Report of an investigation into the causes of malaria in Bombay and the measures necessary for its control
Disease focus: Malaria
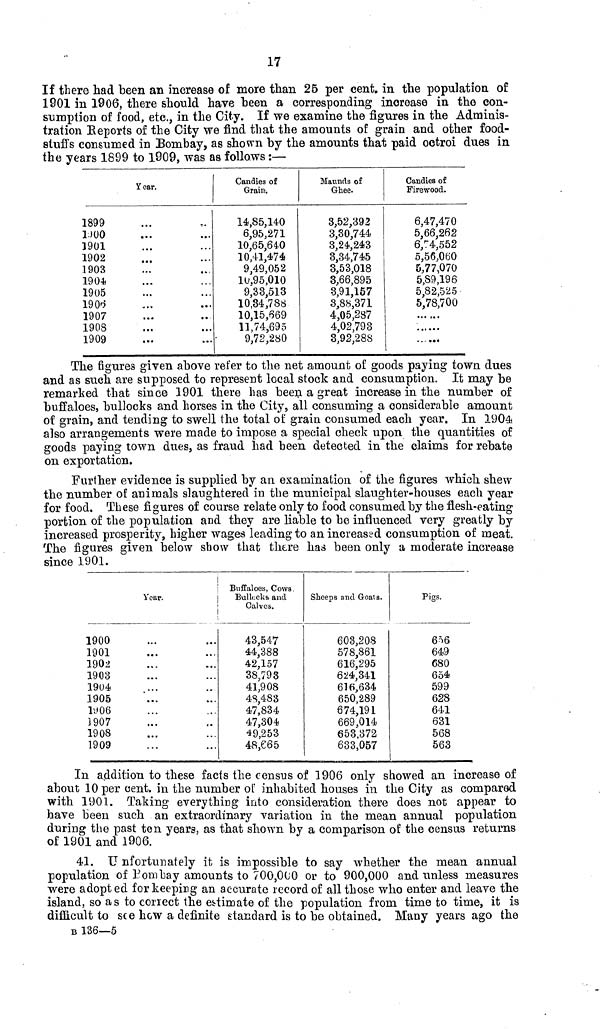
17
If there had been an increase of more than 25 per cent. in the population of
1901 in 1906, there should have been a corresponding increase in the con-
sumption of food, etc., in the City. If we examine the figures in the Adminis-
tration Reports of the City we find that the amounts of grain and other food-
stuffs consumed in Bombay, as shown by the amounts that paid octroi dues in
the years 1899 to 1909, was as follows :—
Year.
1899
DUO
1901
1902
1903
1904
1905
1906
1907
1908
1909
Candies of
Grain.
14,85,140
6,95,271
10,65,640
10,41,474
9,49,052
16,95,010
9,33,513
10,34,788
10,15,669
11,74,695
9,72,280
Maunds of
Ghee.
3,52,392
3,30,744
3,24,243
3,34,745
3,53,018
3,66,895
3,91,157
3,88,371
4,05,287
4,02,793
3,92,288
Candies of
Firewood.
6,47,470
5,66,262
6,74,552
5,56,060
5,77,070
5,S9,196
5,82,525
5,78,700
The figures given above refer to the net amount of goods paying town dues
and as such are supposed to represent local stock and consumption. It may be
remarked that since 1901 there has been a great increase in the number of
buffaloes, bullocks and horses in the City, all consuming a considerable amount
of grain, and tending to swell the total of grain consumed each year. In 1904
also arrangements were made to impose a special check upon the quantities of
goods paying town dues, as fraud had been detected in the claims for rebate
on exportation.
Further evidence is supplied by an examination of the figures which shew
the number of animals slaughtered in the municipal slaughter-houses each year
for food. These figures of course relate only to food consumed by the flesh-eating
portion of the population and they are liable to be influenced very greatly by
increased prosperity, higher wages leading to an increased consumption of meat.
The figures given below show that there has been only a moderate increase
since 1901.
Year.
1900
1901
1902
1903
1904
1905
1906
1907
1908
1909
Buffaloes, Cows,
Bullocks and
Calves.
43,547
44,388
42,157
38,793
41,908
48,483
47,834
47,304
49,253
48,665
Sheeps and Goats.
603,208
578,861
616,295
624,341
616,634
650,289
674,191
669,014
653,372
633,057
Pigs.
656
649
680
654
599
628
641
631
568
563
In addition to these facts the census of 1906 only showed an increase of
about 10 per cent. in the number of inhabited houses in the City as compared
with 1901. Taking everything into consideration there does not appear to
have been such an extraordinary variation in the mean annual population
during the past ten years, as that shown by a comparison of the census returns
of 1901 and 1906.
41. Unfortunately it is impossible to say whether the mean annual
population of Bombay amounts to 700,000 or to 900,000 and unless measures
were adopted for keeping an accurate record of all those who enter and leave the
island, so as to correct the estimate of the population from time to time, it is
difficult to see how a definite standard is to be obtained. Many years ago the
B 136—5